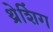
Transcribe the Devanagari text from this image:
थ्रेशिंग